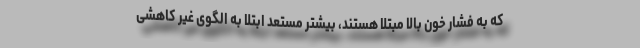
که به فشار خون بالا مبتلا هستند، بیشتر مستعد ابتلا به الگوی غیر کاهشی